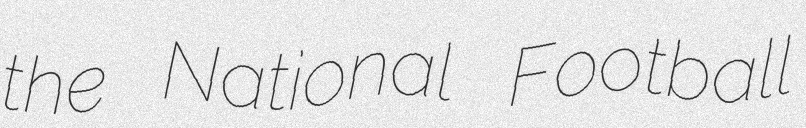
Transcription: the National Football